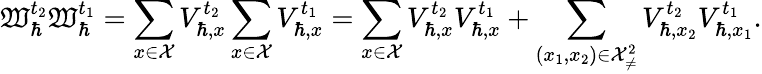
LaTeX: \mathfrak{W}_{\hbar}^{t_{2}}\mathfrak{W}_{\hbar}^{t_{1}}=\sum_{x\in\mathcal{{X}}}V_{\hbar,x}^{t_{2}}\sum_{x\in\mathcal{{X}}}V_{\hbar,x}^{t_{1}}=\sum_{x\in\mathcal{{X}}}V_{\hbar,x}^{t_{2}}V_{\hbar,x}^{t_{1}}+\sum_{(x_{1},x_{2})\in\mathcal{{X}}_{\neq}^{2}}V_{\hbar,x_{2}}^{t_{2}}V_{\hbar,x_{1}}^{t_{1}}.